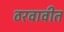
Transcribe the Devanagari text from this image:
ठरवावीत